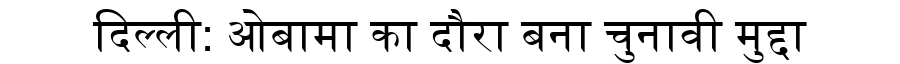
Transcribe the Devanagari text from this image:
दिल्ली: ओबामा का दौरा बना चुनावी मुद्दा